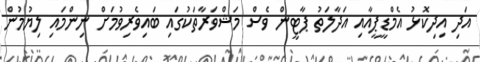
އަދި އިދިކޮޅު އެމްޑީޕީއާއި އަދާލަތު ޕާޓީން ވެސް މަޝްވަރާތަކުގައި ބައިވެރިވުމަށް ނިންމައި ލިޔުމުން